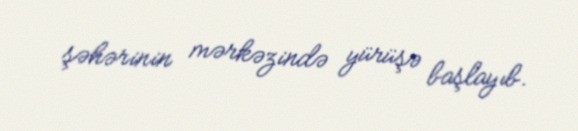
şəhərinin mərkəzində yürüşə başlayıb.